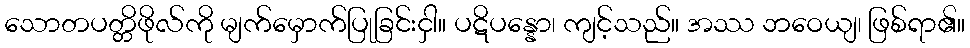
သောတပတ္တိဖိုလ်ကို မျက်မှောက်ပြုခြင်းငှါ။ ပဋိပန္နော၊ ကျင့်သည်။ အဿ ဘဝေယျ၊ ဖြစ်ရာ၏။